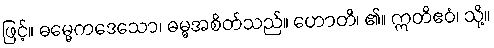
ဖြင့်။ ဓမ္မေကဒေသော၊ ဓမ္မအစိတ်သည်။ ဟောတိ၊ ၏။ ဣတိဧဝံ၊ သို့။